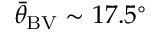
{ \bar { \theta } } _ { \mathrm { B V } } \sim 1 7 . 5 ^ { \circ }